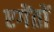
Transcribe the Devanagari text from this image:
एगेंतों